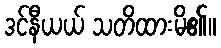
ဒင်နီယယ် သတိထားမိ၏။